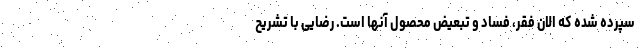
سپرده شده که الان فقر، فساد و تبعیض محصول آنها است. رضایی با تشریح